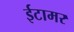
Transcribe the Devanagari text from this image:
ईटामर